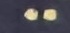
: